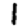
Digit: 1